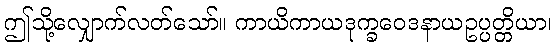
ဤသို့လျှောက်လတ်သော်။ ကာယိကာယဒုက္ခဝေဒနာယဥပ္ပတ္တိယာ၊